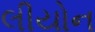
લીયોન